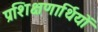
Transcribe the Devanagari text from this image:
प्रशिक्षणार्थियों